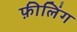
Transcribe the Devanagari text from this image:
फ़ीलिंग